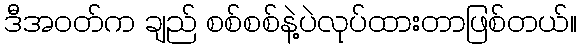
ဒီအဝတ်က ချည် စစ်စစ်နဲ့ပဲလုပ်ထားတာဖြစ်တယ်။